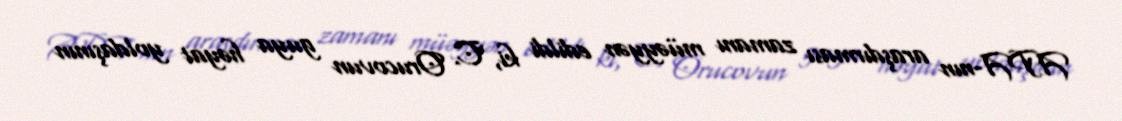
APA-nın araşdırması zamanı müəyyən edildi ki, C. Orucovun guya həyat yoldaşının